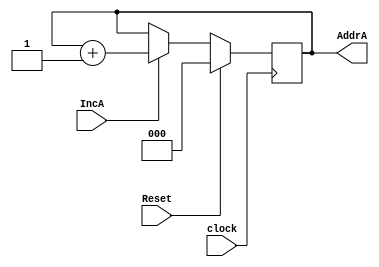

module upcounterthree(input IncA,input Reset,input clock,output reg [2:0]AddrA);

always @(posedge clock)
begin

if(Reset==1)
begin
AddrA<=3'b0;
end

else
begin
if(IncA==1)
begin
AddrA<=AddrA+3'b1;
end

end


end

endmodule